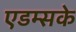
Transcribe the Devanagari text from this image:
एडम्सके